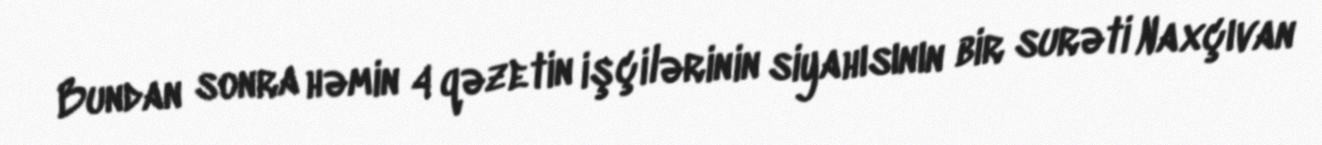
Bundan sonra həmin 4 qəzetin işçilərinin siyahısının bir surəti Naxçıvan